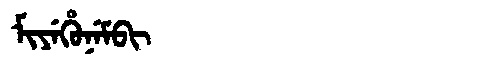
Manchu: ᠮᡳᠶᡝᡥᡠᠨᡝᠮᠪᡳ
Romanization: MIYEHUNEMBI